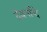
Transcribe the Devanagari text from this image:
देवनन्दि